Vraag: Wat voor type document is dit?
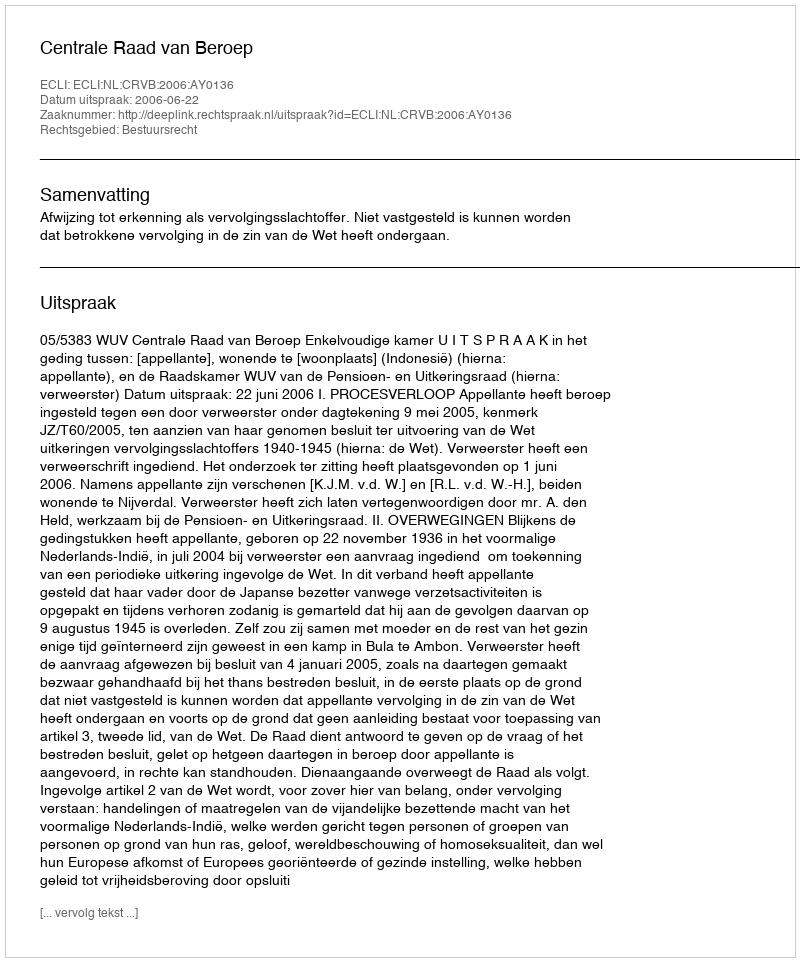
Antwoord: Uitspraak